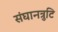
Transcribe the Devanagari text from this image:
संघानत्रुटि